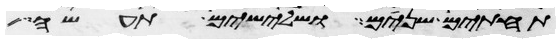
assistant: תחתים שנים ושלישים תעשה